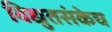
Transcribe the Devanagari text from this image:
विद्युतसंकेच